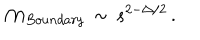
{ \cal M } _ { B o u n d a r y } \, \sim \, s ^ { 2 - \Delta / 2 } \, .